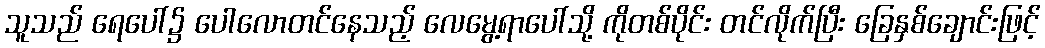
သူသည် ရေပေါ်၌ ပေါလောတင်နေသည့် လေမွေ့ရာပေါ်သို့ ကိုတစ်ပိုင်း တင်လိုက်ပြီး ခြေနှစ်ချောင်းဖြင့်